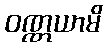
ဝဏ္ဏယာမိ